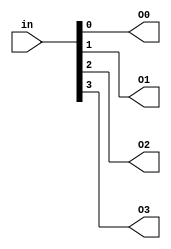
module bus2line4(in,O0,O1,O2,O3);
	input [3:0] in;
	output O3,O2,O1,O0;
	
	assign O3 = in[3];
	assign O2 = in[2];
	assign O1 = in[1];
	assign O0 = in[0];
	
endmodule